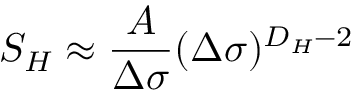
{ \cal S } _ { H } \approx { \frac { A } { \Delta \sigma } } ( \Delta \sigma ) ^ { D _ { H } - 2 }